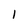
Character: I